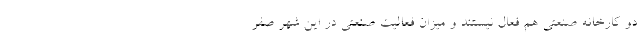
دو کارخانه صنعتی هم فعال نیستند و میزان فعالیت صنعتی در این شهر صِفر